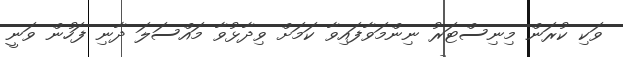
ވަކި ކުރަން މިނިސްޓަރު ނިންމަވާފައިވާ ކަމަށް ވިދާޅުވާ މައްސަލަ ދާނި ފަހުން ވަނީ